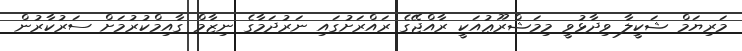
މަރިޔަމް ޝަކީލާ ވިދާޅުވީ މިމަޝްރޫޢުއަކީ ރާއްޖޭގެ ރައްރަށުގައި ނަރުދަމާގެ ނިޒާމް ގާއިމްކުރުމަށް ސަރުކާރުން